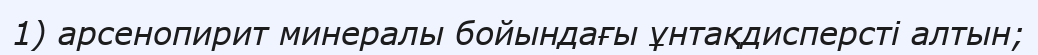
1) арсенопирит минералы бойындағы ұнтақдисперсті алтын;